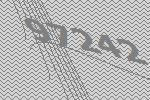
97242